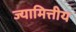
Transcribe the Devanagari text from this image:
ज्यामित्तीय